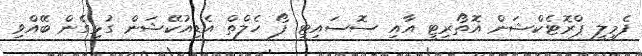
ފެމިލީ ޕްރޮޓެކްޝަން އޮތޯރިޓީ އާއި ސޮސައިޓީ ފޯ ހެލްތް އެޑިއުކޭޝަން ގުޅިގެން ބޭއްވި